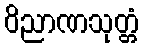
ဝိညာဏသုတ္တံ